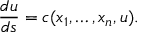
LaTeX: { \frac { d u } { d s } } = c ( x _ { 1 } , \dots , x _ { n } , u ) .